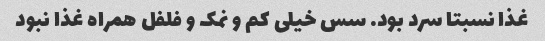
غذا نسبتا سرد بود. سس خیلی کم و نمک و فلفل همراه غذا نبود